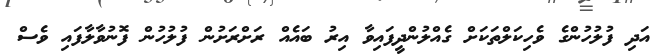
އަދި ފުލުހުންގެ ވެހިކަލްތަކަށް ގެއްލުންދީފައިވާ އިރު ބައެއް ރަށްރަށުން ފުލުހުން ފޮނުވާލާފައި ވެސް